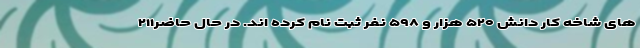
های شاخه کار دانش ۵۲۰ هزار و ۵۹۸ نفر ثبت نام کرده اند. در حال حاضر۲۱۱